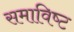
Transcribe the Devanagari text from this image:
समाविष्‍ट